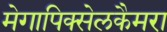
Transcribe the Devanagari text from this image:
मेगापिक्सेलकैमरा